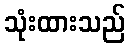
သုံးထားသည်